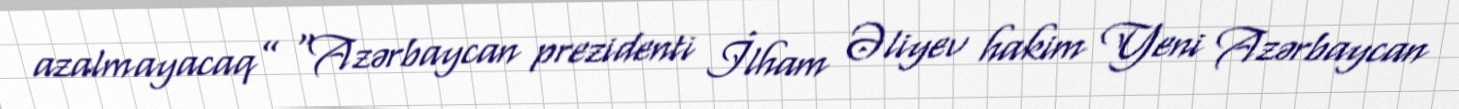
azalmayacaq” “Azərbaycan prezidenti İlham Əliyev hakim Yeni Azərbaycan